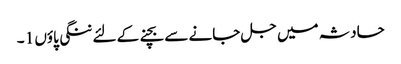
حادثہ میں جل جانے سے بچنے کے لئے ننگی پاؤں 1 ۔